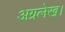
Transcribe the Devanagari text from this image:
अग्रलेख।